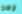
وهن